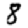
Digit: 8